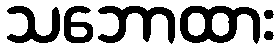
သဘောထား